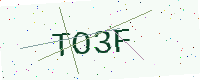
Text: TO3F